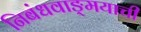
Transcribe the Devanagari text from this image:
निबंधवाङ्‌मयाची